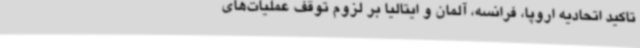
تاکید اتحادیه‌ اروپا، فرانسه، آلمان و ایتالیا بر لزوم توقف عملیات‌های